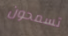
تسمحون